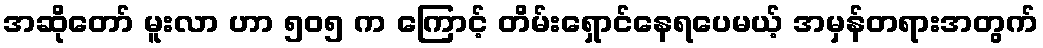
အဆိုတော် မူးလာ ဟာ ၅၀၅ က ကြောင့် တိမ်းရှောင်နေရပေမယ့် အမှန်တရားအတွက်